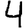
Digit: 4